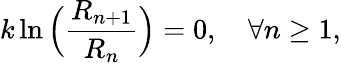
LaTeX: k\ln\Big({\frac{R_{n+1}}{R_{n}}}\Big)=0,\quad\forall n\geq 1,